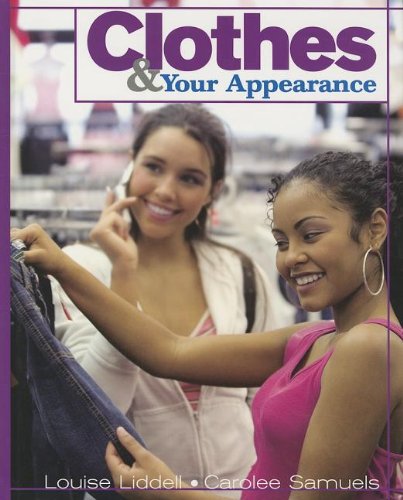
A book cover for Clothes & Your Appearance; Louise A. Liddell; Teen & Young Adult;